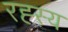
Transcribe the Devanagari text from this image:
रह्स्य